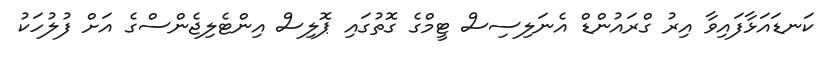
ކަނޑައަޅާފައިވާ އިރު ގްރައުންޑް އެނަލިސިސް ޓީމްގެ ގޮތުގައި ޕޮލިސް އިންޓެލިޖެންސްގެ އަށް ފުލުހަކު